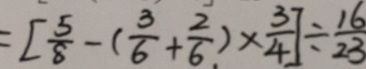
= [ \frac { 5 } { 8 } - ( \frac { 3 } { 6 } + \frac { 2 } { 6 } ) \times \frac { 3 } { 4 } ] \div \frac { 1 6 } { 2 3 }